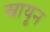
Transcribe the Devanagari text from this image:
स्नायून